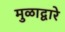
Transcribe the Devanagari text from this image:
मुळाद्वारे